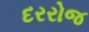
દરરોજ